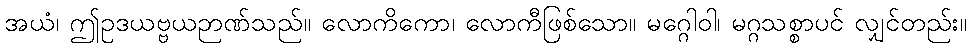
အယံ၊ ဤဥဒယဗ္ဗယဉာဏ်သည်။ လောကိကော၊ လောကီဖြစ်သော။ မဂ္ဂေါဝါ၊ မဂ္ဂသစ္စာပင် လျှင်တည်း။